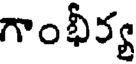
గాంభీర్య